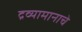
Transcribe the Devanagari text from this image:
द्रव्यामानाचे